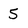
Character: 5